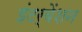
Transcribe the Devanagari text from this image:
इंटर्वेंशन